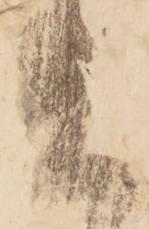
上